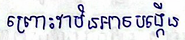
ព្រោះវាមិនអាចបង្កើត